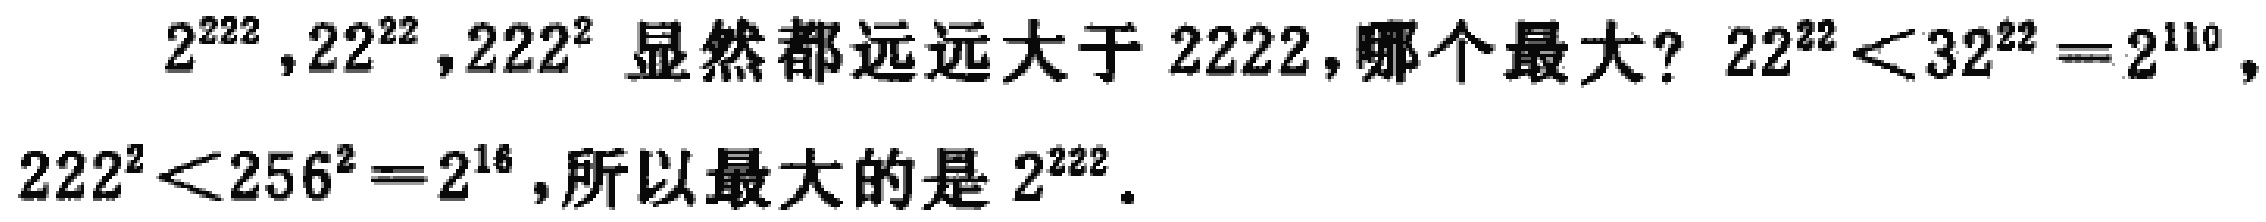
\(2^{222},22^{22},222^{2}\) 显然都远远大于 \(2222\)，哪个最大？\(22^{22}<32^{22}=2^{110}\)，\(222^{2}<256^{2}=2^{16}\)，所以最大的是 \(2^{222}\)。